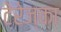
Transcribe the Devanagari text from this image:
टेरेज्का